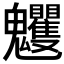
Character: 𩵈